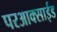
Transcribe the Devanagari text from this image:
परआक्साईड